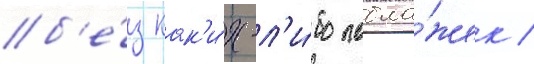
б'е́з как'и́х-л'и́бо побла́жек /